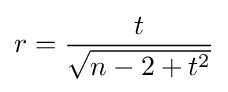
r={\frac {t}{\sqrt {n-2+t^{2}}}}